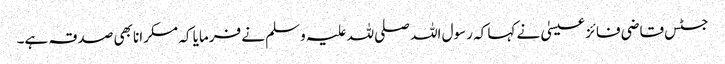
جسٹس قاضی فائز عیسیٰ نے کہا کہ رسول اللہ صلی للہ علیہ وسلم نے فرمایا کہ مسکرانا بھی صدقہ ہے۔